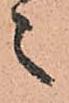
々